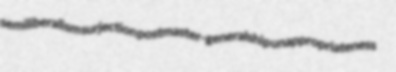
semiliberalism surjection postmaster-generalship unappropriateness